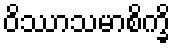
ဝိဿာသမာစိက္ခိ